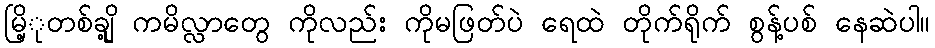
မြိ့ုတစ်ချို့ ကမိလ္လာတွေ ကိုလည်း ကိုမဖြတ်ပဲ ရေထဲ တိုက်ရိုက် စွန့်ပစ် နေဆဲပါ။